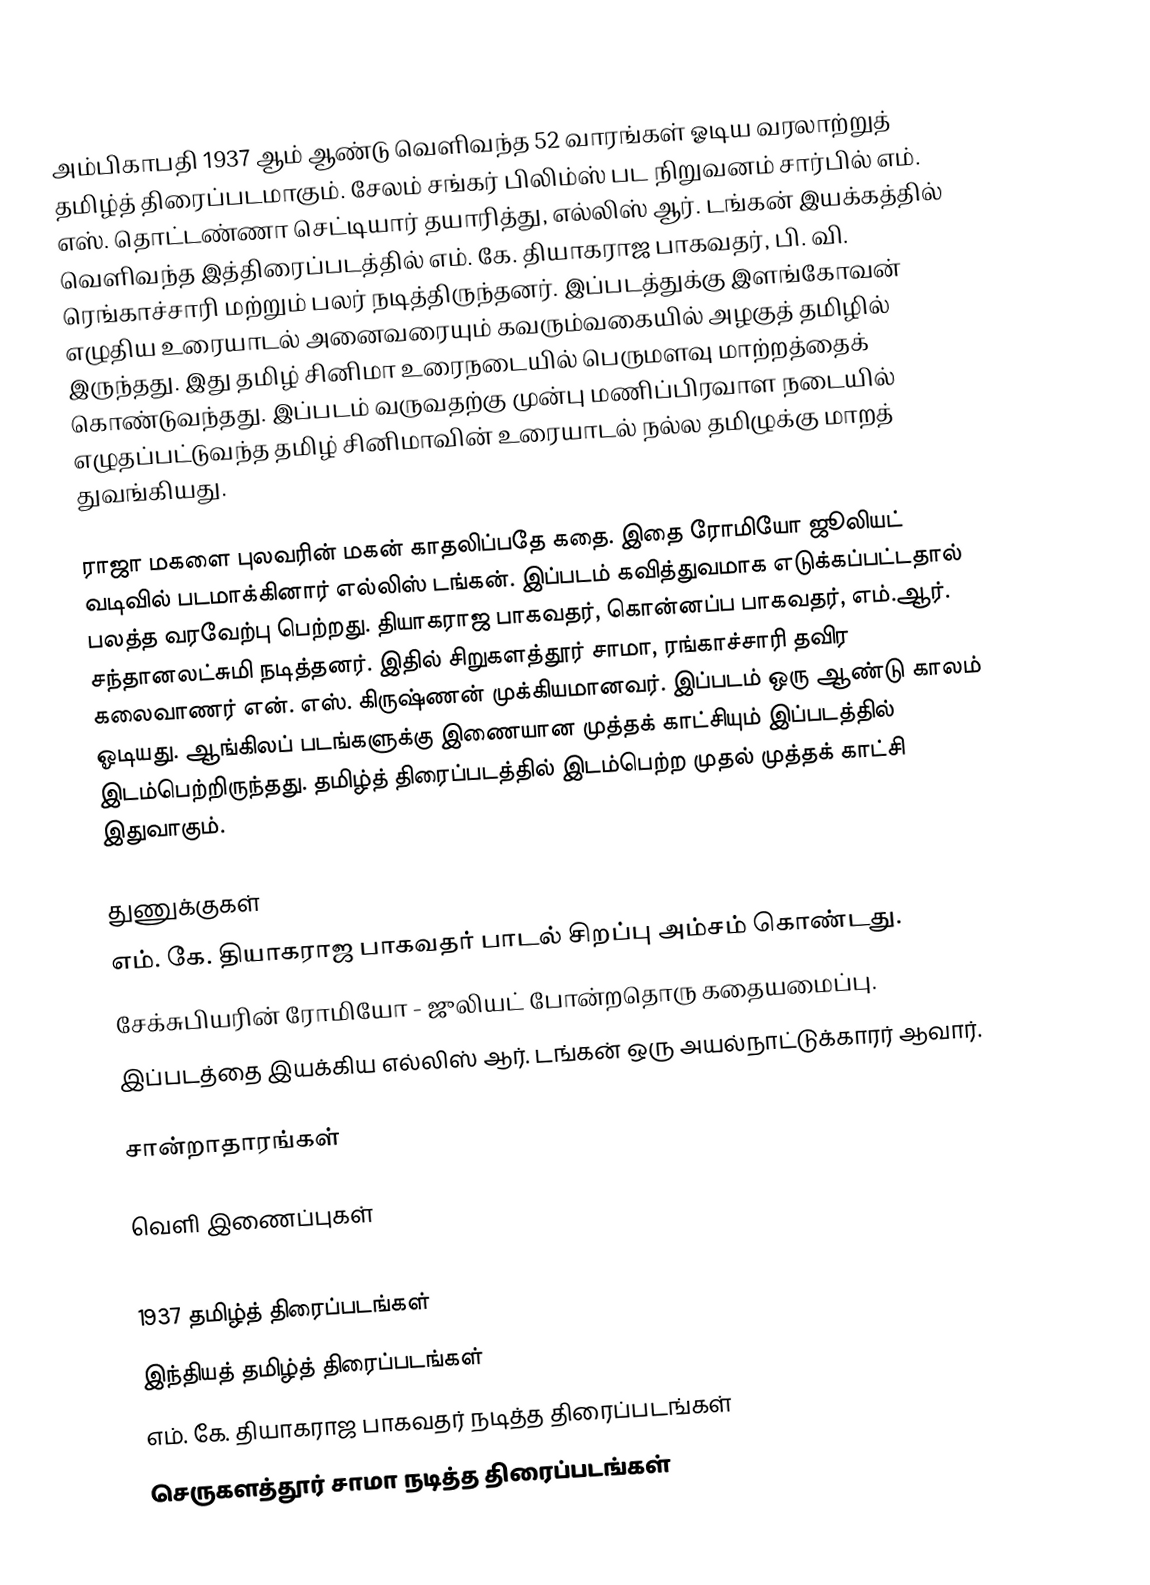
அம்பிகாபதி 1937 ஆம் ஆண்டு வெளிவந்த 52 வாரங்கள் ஓடிய வரலாற்றுத் தமிழ்த் திரைப்படமாகும். சேலம் சங்கர் பிலிம்ஸ் பட நிறுவனம் சார்பில் எம். எஸ். தொட்டண்ணா செட்டியார் தயாரித்து, எல்லிஸ் ஆர். டங்கன் இயக்கத்தில் வெளிவந்த இத்திரைப்படத்தில் எம். கே. தியாகராஜ பாகவதர், பி. வி. ரெங்காச்சாரி மற்றும் பலர் நடித்திருந்தனர். இப்படத்துக்கு இளங்கோவன் எழுதிய உரையாடல் அனைவரையும் கவரும்வகையில் அழகுத் தமிழில் இருந்தது. இது தமிழ் சினிமா உரைநடையில் பெருமளவு மாற்றத்தைக் கொண்டுவந்தது. இப்படம் வருவதற்கு முன்பு மணிப்பிரவாள நடையில் எழுதப்பட்டுவந்த தமிழ் சினிமாவின் உரையாடல் நல்ல தமிழுக்கு மாறத் துவங்கியது.

ராஜா மகளை புலவரின் மகன் காதலிப்பதே கதை. இதை ரோமியோ ஜூலியட் வடிவில் படமாக்கினார் எல்லிஸ் டங்கன். இப்படம் கவித்துவமாக எடுக்கப்பட்டதால் பலத்த வரவேற்பு பெற்றது. தியாகராஜ பாகவதர், கொன்னப்ப பாகவதர், எம்.ஆர். சந்தானலட்சுமி நடித்தனர். இதில் சிறுகளத்தூர் சாமா, ரங்காச்சாரி தவிர கலைவாணர் என். எஸ். கிருஷ்ணன் முக்கியமானவர். இப்படம் ஒரு ஆண்டு காலம் ஓடியது. ஆங்கிலப் படங்களுக்கு இணையான முத்தக் காட்சியும் இப்படத்தில் இடம்பெற்றிருந்தது. தமிழ்த் திரைப்படத்தில் இடம்பெற்ற முதல் முத்தக் காட்சி இதுவாகும்.

துணுக்குகள்
 எம். கே. தியாகராஜ பாகவதர் பாடல் சிறப்பு அம்சம் கொண்டது.
 சேக்சுபியரின் ரோமியோ - ஜுலியட் போன்றதொரு கதையமைப்பு.
 இப்படத்தை இயக்கிய எல்லிஸ் ஆர். டங்கன் ஒரு அயல்நாட்டுக்காரர் ஆவார்.

சான்றாதாரங்கள்

வெளி இணைப்புகள்

1937 தமிழ்த் திரைப்படங்கள்
இந்தியத் தமிழ்த் திரைப்படங்கள்
எம். கே. தியாகராஜ பாகவதர் நடித்த திரைப்படங்கள்
செருகளத்தூர் சாமா நடித்த திரைப்படங்கள்